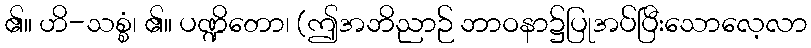
၏။ ဟိ-သစ္စံ၊ ၏။ ပဏ္ဍိတော၊ (ဤအဘိညာဉ် ဘာဝနာ၌ပြုအပ်ပြီးသောလေ့လာ